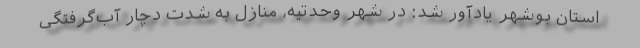
استان بوشهر یادآور شد: در شهر وحدتیه، منازل به شدت دچار آب‌گرفتگی